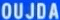
OUJDA